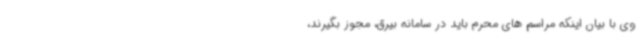
وی با بیان اینکه مراسم های محرم باید در سامانه بیرق، مجوز بگیرند،